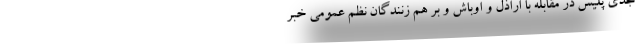
جدی پلیس در مقابله با اراذل و اوباش و بر هم زنندگان نظم عمومی خبر